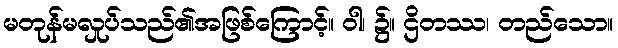
မတုန်မလှုပ်သည်၏အဖြစ်ကြောင့်။ ဝါ၊ ၌။ ဌိတဿ၊ တည်သော။